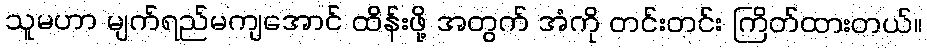
သူမဟာ မျက်ရည်မကျအောင် ထိန်းဖို့ အတွက် အံကို တင်းတင်း ကြိတ်ထားတယ်။